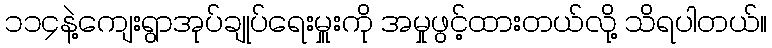
၁၁၄နဲ့ကျေးရွာအုပ်ချုပ်ရေးမှူးကို အမှုဖွင့်ထားတယ်လို့ သိရပါတယ်။